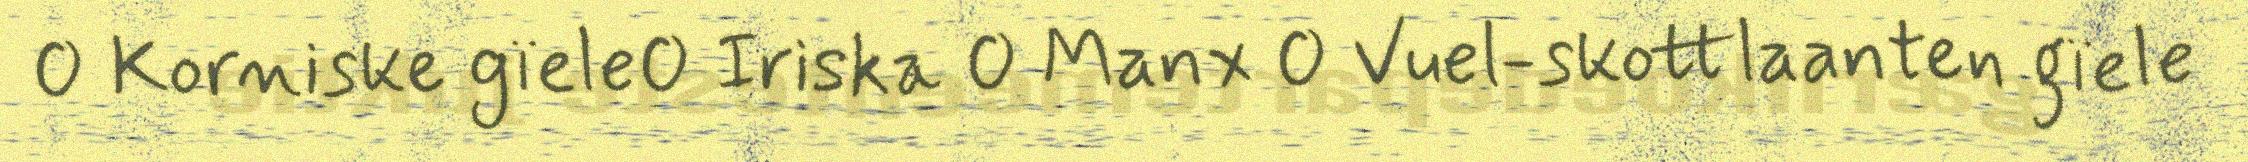
 Korniske gïele Iriska  Manx  Vuel-skottlaanten gïele